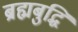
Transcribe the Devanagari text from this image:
ब्रह्मबुद्धि